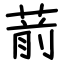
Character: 葥